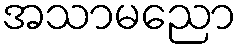
အသာမညော